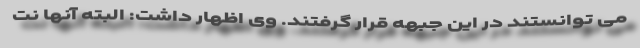
می توانستند در این جبهه قرار گرفتند. وی اظهار داشت: البته آنها نت